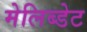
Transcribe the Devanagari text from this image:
मेलिब्डेट